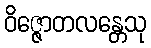
ဝိဇ္ဇောတလန္တေသု